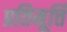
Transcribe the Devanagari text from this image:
प्रतिमूर्त्ति